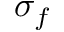
\sigma _ { f }